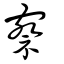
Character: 察